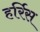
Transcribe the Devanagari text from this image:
हर्रिस